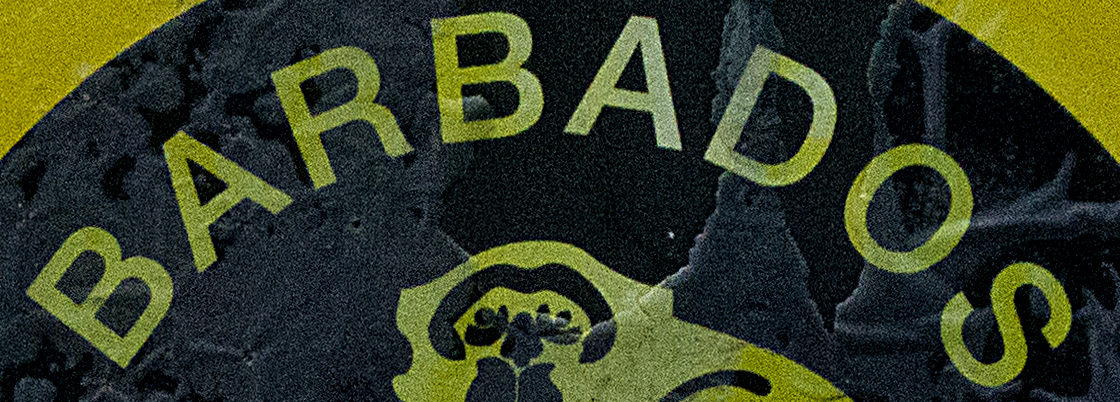
BARBADOS